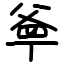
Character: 㸘